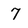
Character: 7